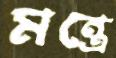
মন্ত্রে